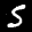
Label: 5